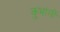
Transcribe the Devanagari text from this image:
कुभांर्ली